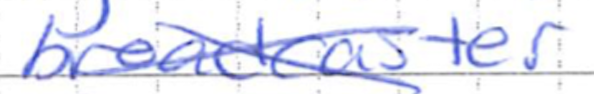
Text: broadcaster
Cross-out: cross
Writing tool: ballpoint